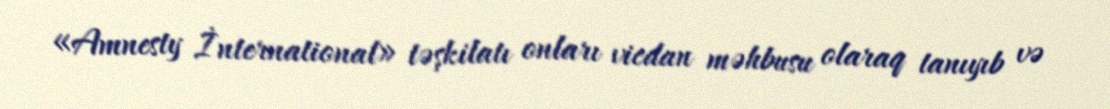
«Amnesty İnternational» təşkilatı onları vicdan məhbusu olaraq tanıyıb və